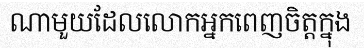
ណាមួយដែលលោកអ្នកពេញចិត្តក្នុង